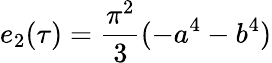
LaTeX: e_{2}(\tau)={\frac{\pi^{2}}{3}}(-a^{4}-b^{4})